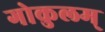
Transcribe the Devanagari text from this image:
गोकुलम्